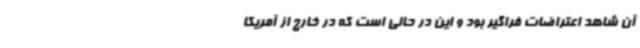
آن شاهد اعتراضات فراگیر بود و این در حالی است که در خارج از آمریکا